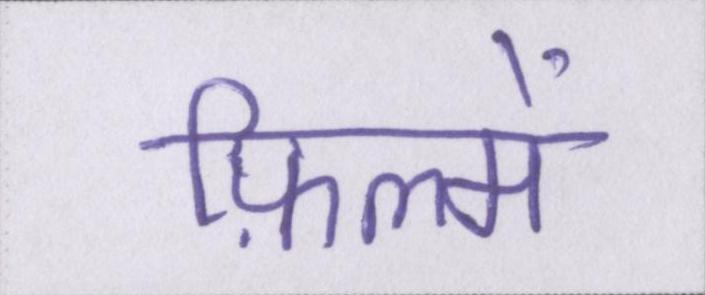
फ़िल्में